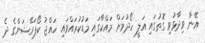
އޭނާ ވިދާޅުވި ގޮތުގައި އަލީ ހޯދުމަށް މައްކާގައި މަޑުކުރައްވައި ހައްޖު ކޯޕަރޭޝަންގެ ދެ